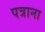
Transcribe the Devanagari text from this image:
पत्राना